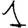
Digit: 1